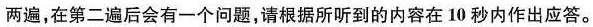
两遍，在第二遍后会有一个问题，请根据所听到的内容在10秒内作出应答。